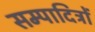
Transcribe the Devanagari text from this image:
सम्पादित्रों